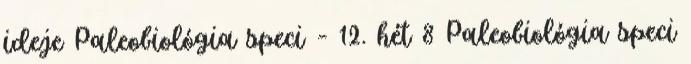
ideje Paleobiológia speci – 12. hét 8 Paleobiológia speci